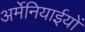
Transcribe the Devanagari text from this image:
अर्मेनियाईयों